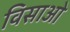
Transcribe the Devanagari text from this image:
विसाओ